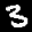
Label: 3